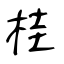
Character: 桂